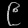
Digit: ၉